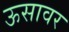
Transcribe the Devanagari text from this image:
ऊसावर